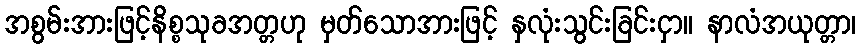
အစွမ်းအားဖြင့်နိစ္စသုခအတ္တဟု မှတ်သောအားဖြင့် နှလုံးသွင်းခြင်းငှာ။ နာလံအယုတ္တာ၊